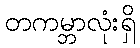
တကမ္ဘာလုံးရှိ